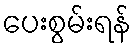
ပေးစွမ်းရန်